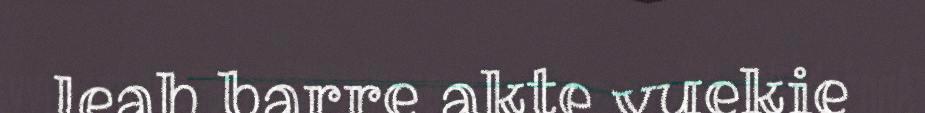
leah barre akte vuekie